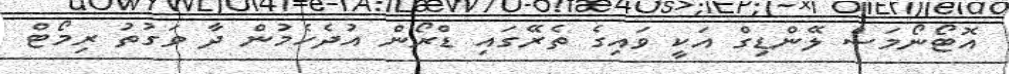
އޮޓޯނޯމަސް ލޭންޑިގް އަކީ ވައިގެ ތެރޭގައި ޑްރޯން އުދެހެމުން ދާ ވަގުތު ރިމޯޓް